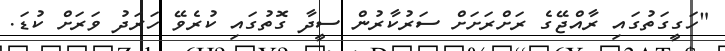
"ހަގީގަތުގައި ރާއްޖޭގެ ރަށްރަށަށް ސަރުކާރުން ސީދާ ގޮތުގައި ކުރެވޭ ހަރަދު ވަރަށް ކުޑަ.